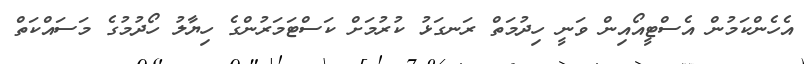
އެހެންކަމުން އެސްޓީއޯއިން ވަނީ ހިދުމަތް ރަނގަޅު ކުރުމަށް ކަސްޓަމަރުންގެ ހިޔާލު ހޯދުމުގެ މަސައްކަތް